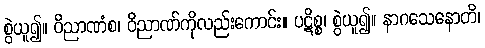
စွဲယူ၍။ ဝိညာဏံစ၊ ဝိညာဏ်ကိုလည်းကောင်း။ ပဋိစ္စ၊ စွဲယူ၍။ နာဂသေနောတိ၊